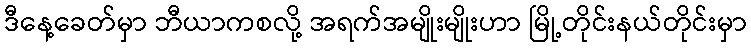
ဒီနေ့ခေတ်မှာ ဘီယာကစလို့ အရက်အမျိုးမျိုးဟာ မြို့တိုင်းနယ်တိုင်းမှာ